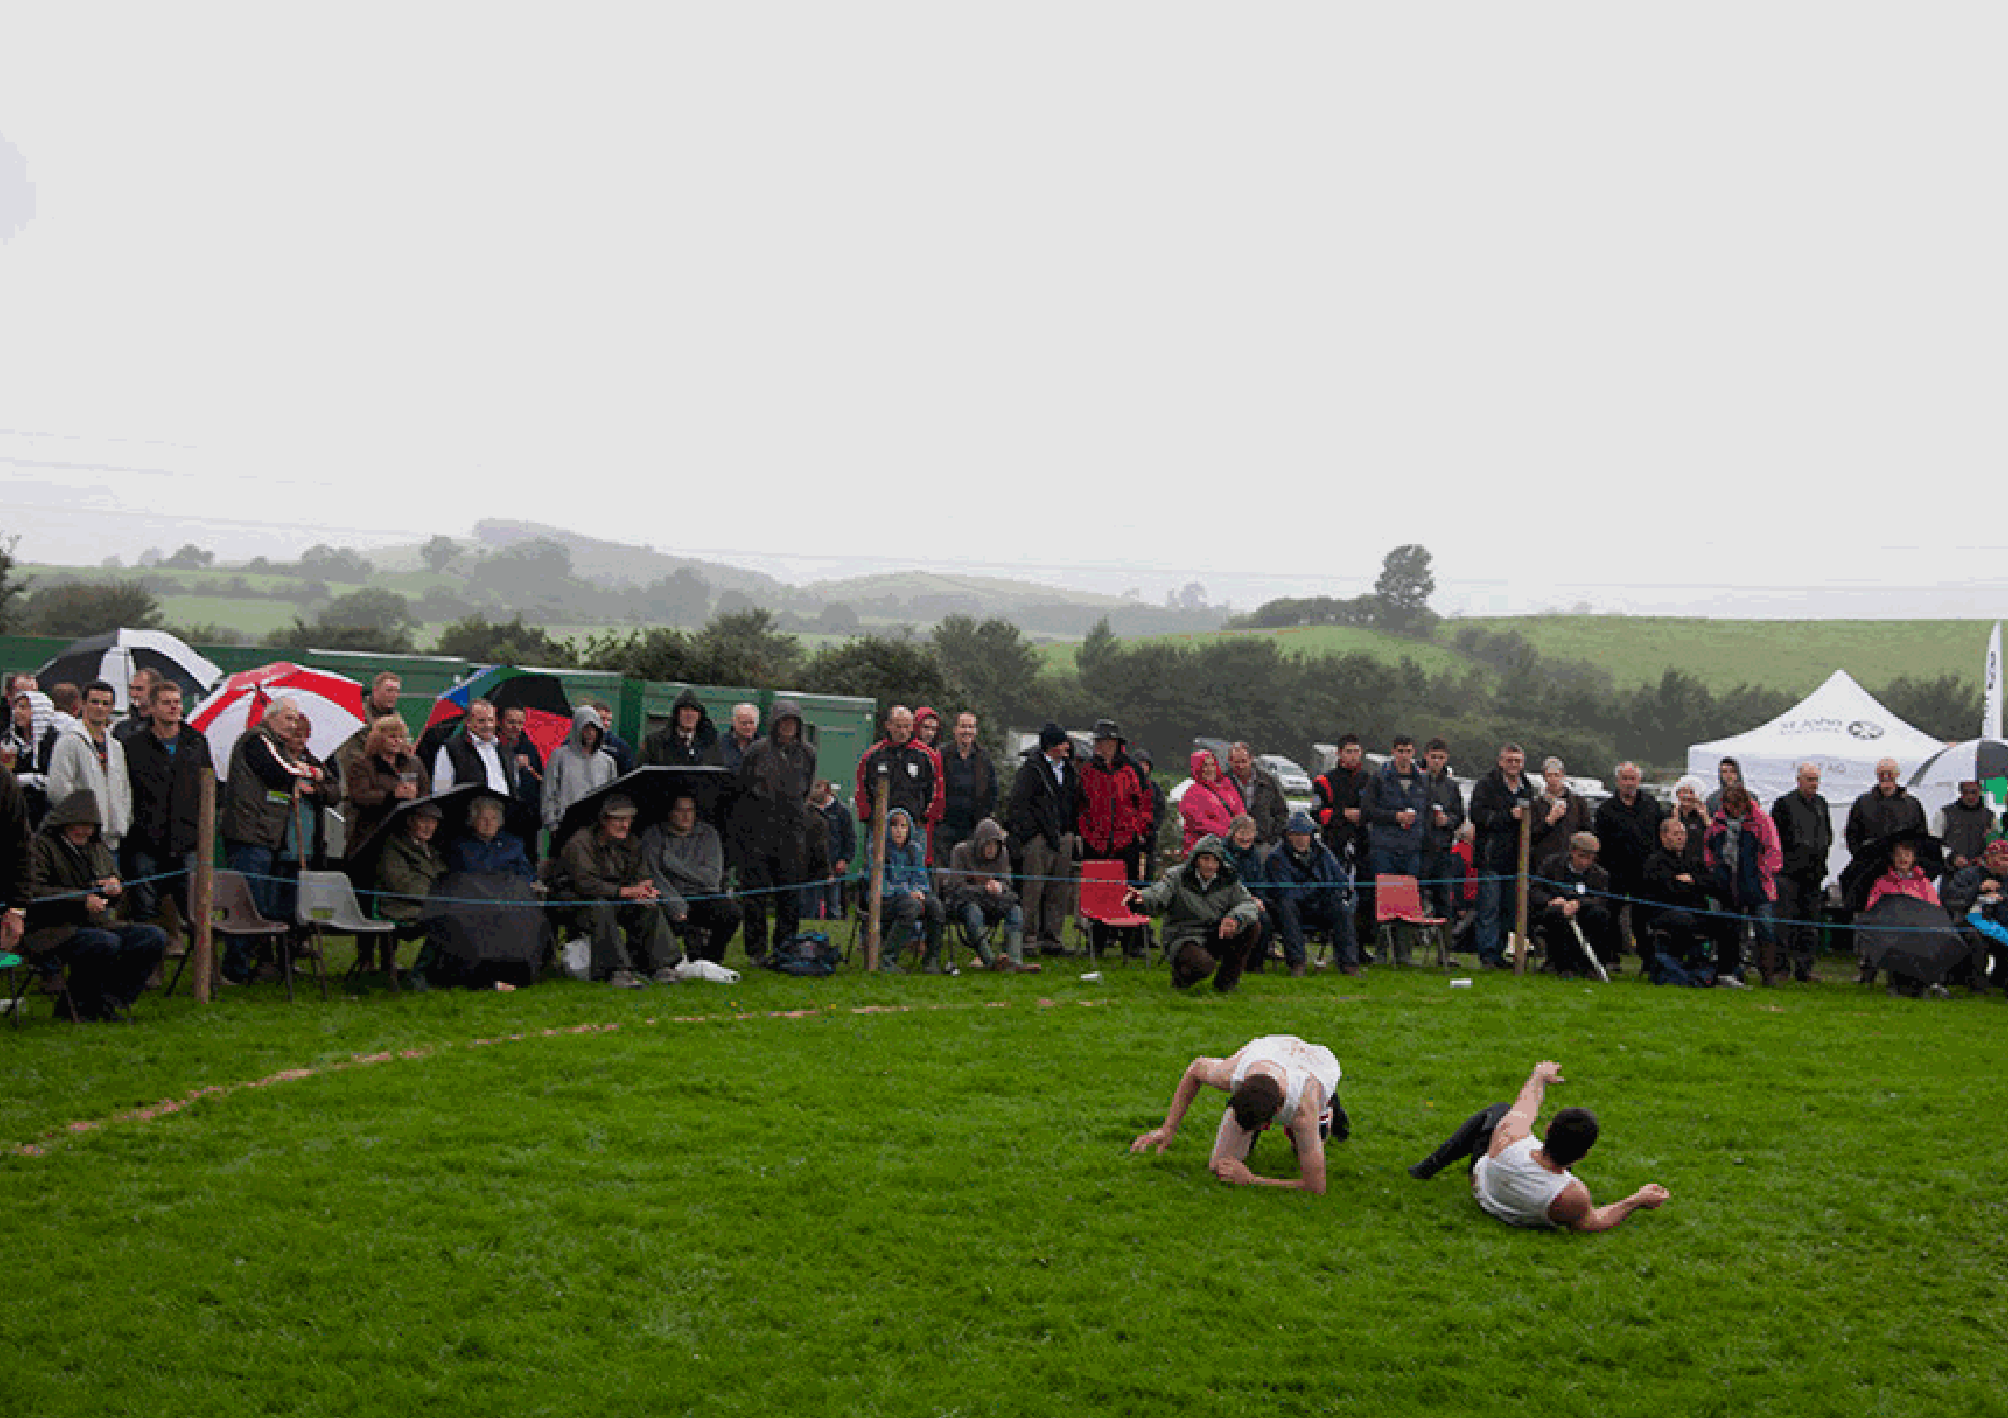
46                                                                                                                      47